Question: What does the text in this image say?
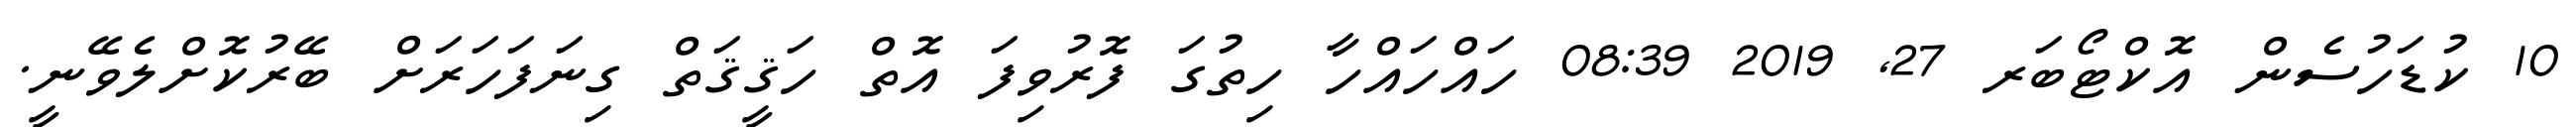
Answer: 10 ކުޑަހުސެން އޮކްޓޯބަރ 27, 2019 08:39 ހައްހައްހާ ހިތުގަ ފޮރުވިފަ އޮތް ހަޤީޤަތް ގިނަފަހަރަށް ބޭރުކޮށްލެވޭނީ.